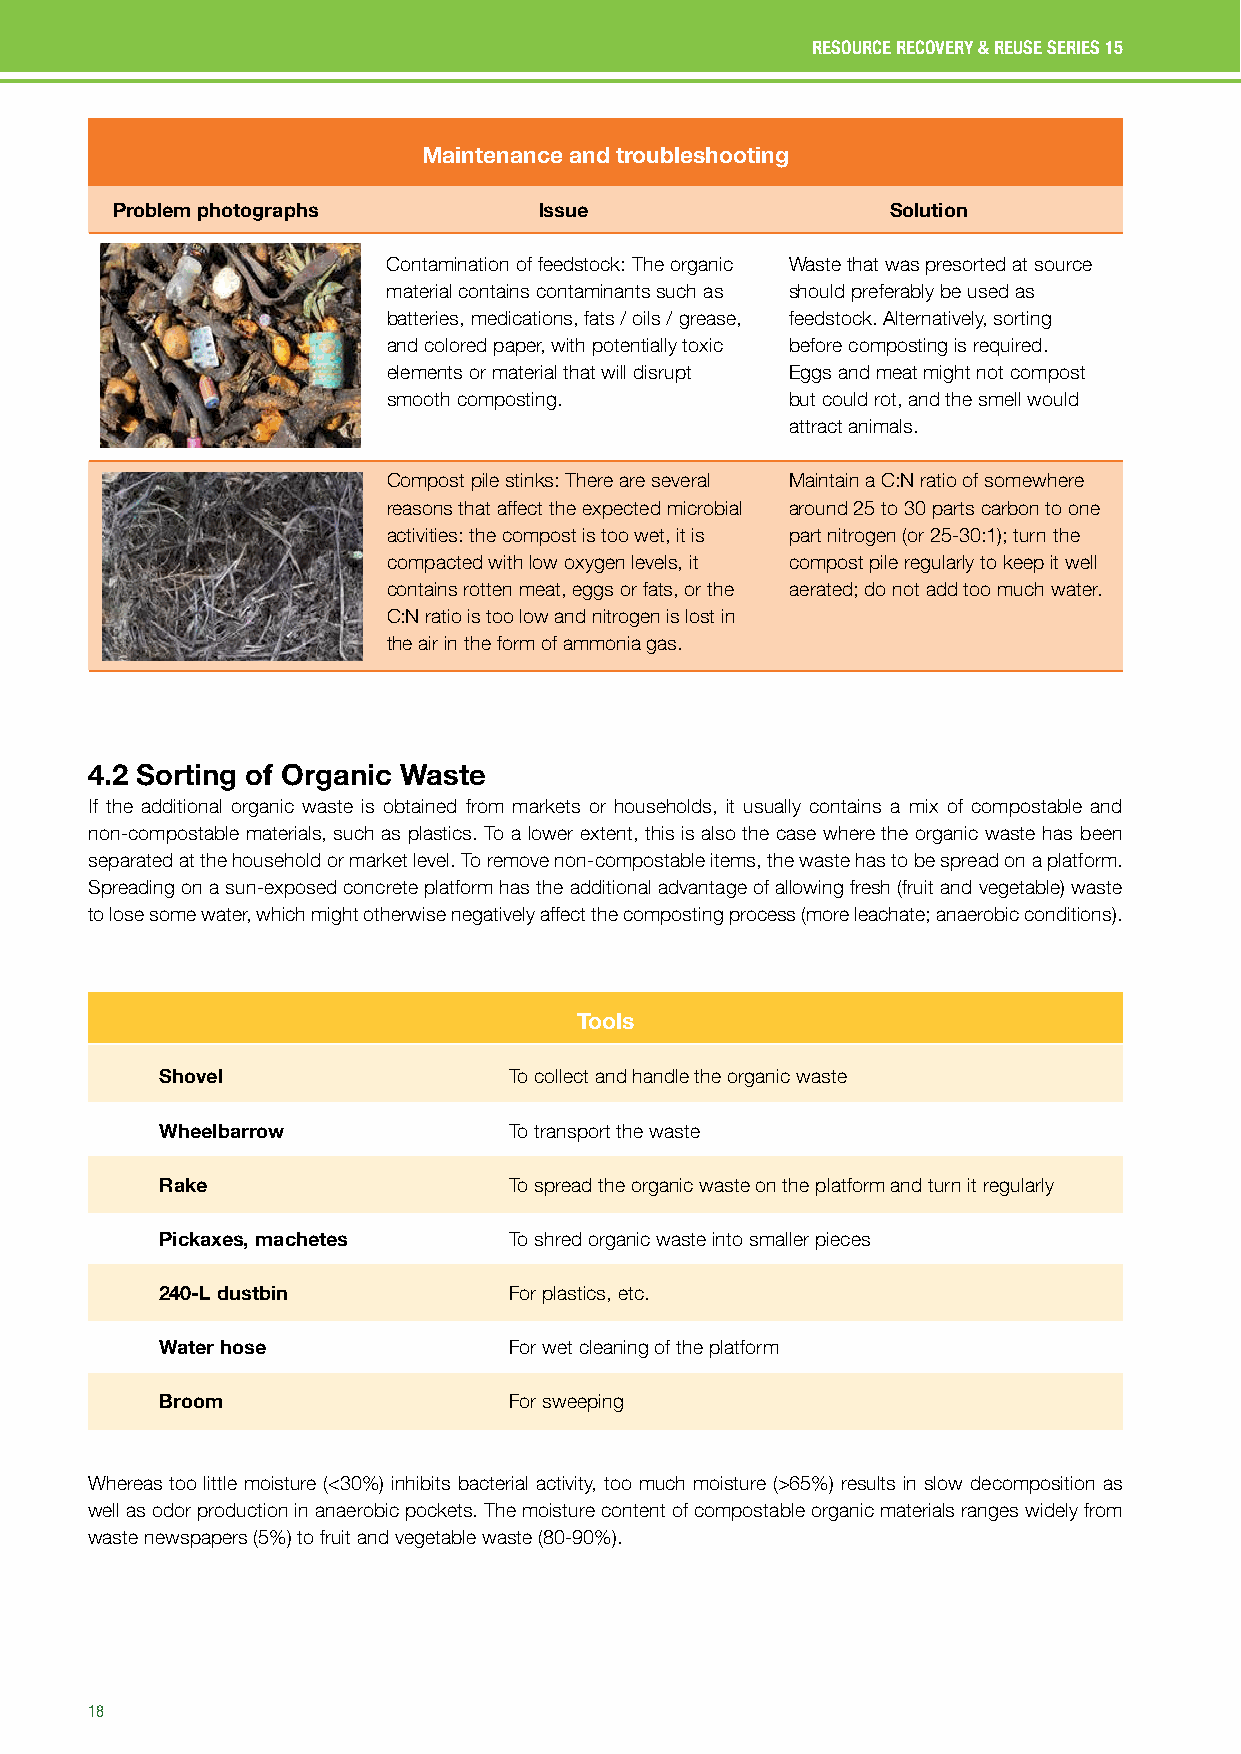
RESOURCE RECOVERY & REUSE SERIES 15
 Maintenance and troubleshooting
 Problem photographs          Issue                  Solution
 Contamination of feedstock: The organic Waste that was presorted at source
 material contains contaminants such as should preferably be used as
 batteries, medications, fats / oils / grease, feedstock. Alternatively, sorting
 and colored paper, with potentially toxic before composting is required.
 elements or material that will disrupt Eggs and meat might not compost
 smooth composting.        but could rot, and the smell would
 attract animals.
 Compost pile stinks: There are several Maintain a C:N ratio of somewhere
 reasons that affect the expected microbial around 25 to 30 parts carbon to one
 activities: the compost is too wet, it is part nitrogen (or 25-30:1); turn the
 compacted with low oxygen levels, it compost pile regularly to keep it well
 contains rotten meat, eggs or fats, or the aerated; do not add too much water.
 C:N ratio is too low and nitrogen is lost in
 the air in the form of ammonia gas.
 4.2 Sorting of Organic Waste
 If the additional organic waste is obtained from markets or households, it usually contains a mix of compostable and
 non-compostable materials, such as plastics. To a lower extent, this is also the case where the organic waste has been
 separated at the household or market level. To remove non-compostable items, the waste has to be spread on a platform.
 Spreading on a sun-exposed concrete platform has the additional advantage of allowing fresh (fruit and vegetable) waste
 to lose some water, which might otherwise negatively affect the composting process (more leachate; anaerobic conditions).
 Tools
 Shovel                 To collect and handle the organic waste
 Wheelbarrow            To transport the waste
 Rake                   To spread the organic waste on the platform and turn it regularly
 Pickaxes, machetes     To shred organic waste into smaller pieces
 240-L dustbin          For plastics, etc.
 Water hose             For wet cleaning of the platform
 Broom                  For sweeping
 Whereas too little moisture (<30%) inhibits bacterial activity, too much moisture (>65%) results in slow decomposition as
 well as odor production in anaerobic pockets. The moisture content of compostable organic materials ranges widely from
 waste newspapers (5%) to fruit and vegetable waste (80-90%).
 18